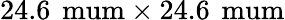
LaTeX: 24.6\, \mathrm{\ mum}\times 24.6\, \mathrm{\ mum}